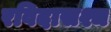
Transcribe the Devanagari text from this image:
रविदासश्च